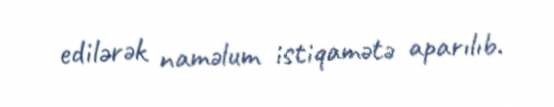
edilərək naməlum istiqamətə aparılıb.